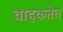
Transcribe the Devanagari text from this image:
वाहकतेत